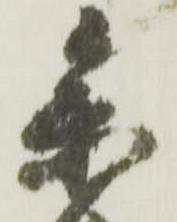
参